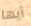
أيها